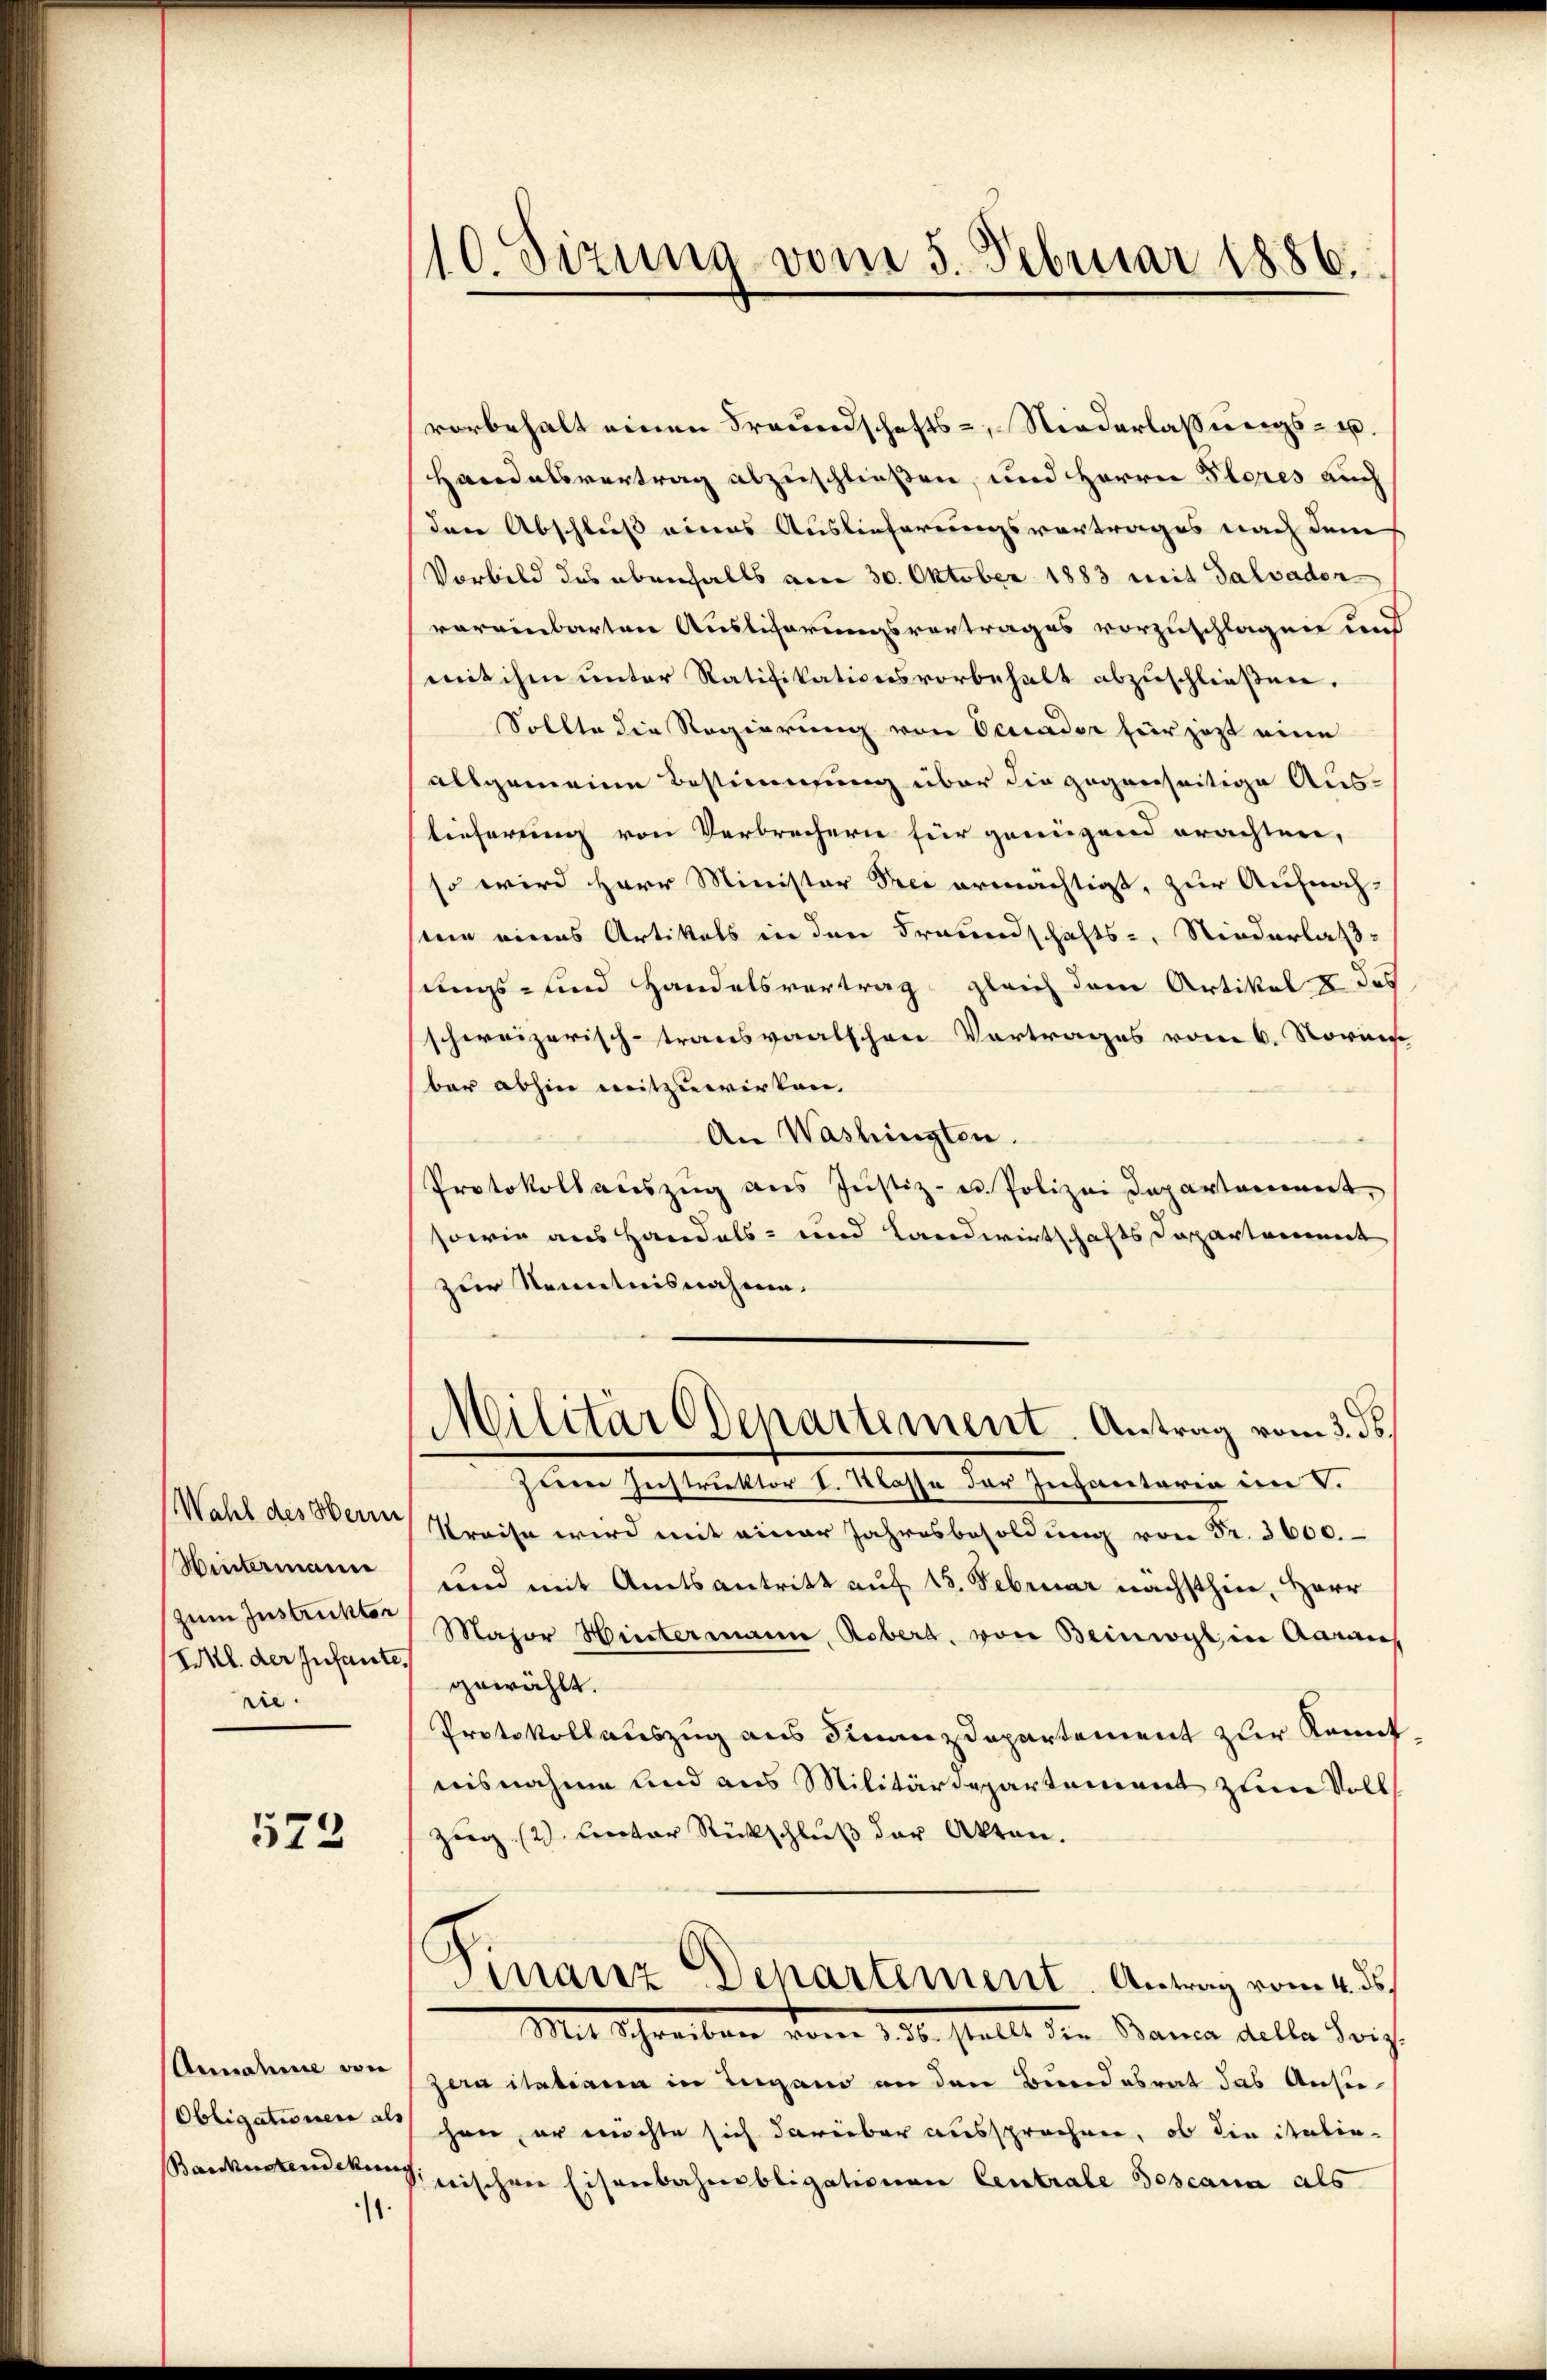
Wahl des Herrn
Wintermann
zum Instruktor
IKl. der Infante.
rie.

573

Annahme von
Obligationen als
Baukostendekung

.

/10. Sizung vom 5. Februar 1886.

vorbehalt einen Freundschafts-, Niederlassungs- u.
Handelsvertrag abzuschließen, und Herrn Flores auch
den Abschluss eines Auslieferungsvortrages nach dem
Vorbild des ebenfalls am 30. Oktober 1883 mit Salvaden
voreinbarten Auslicherungsvortrages vorzuschlagen und
mit ihm unter Ratifikationsvorbehalt abzuschließen.
Sollte die Regierung von Oerader für jezt eine
allgemeine Bestimmung über die gegenseitige Auslieferung von Verbrechern für genügend prächten,
so wird Herr Minister Frei ermächtigt, zur Aufnah-
nie eines Artikels in den Freundschafts-, Niederlaßungs- und Handelsvertrag gleich dem Artikel & das
schweizerisch-transvaalschen Vortrages vom 6. Noriese
ber abhin mitzuwirken.
An Washingten.
Protokollauszug aus Justiz- u. Polizei Departement,
sowie aus Handels- und Landwirtschafts Departement
zur Kenntnisnahme.
Militar Departement. Antrag vom 3. ds.
seine Instruktor I. Klasse der Infantaria im V.
Kreise wird mit einer Jahresbesoldung von Fr. 3600.
und mit Amtsantritt auf 15. Februar nächsthier, Herr
Major Hintermann, Reber, von Beinwyl, in Aaraus
gewählt.
Protokollauszug aus Finanzdepartement zur Kennt
nisnahme und aus Militärdepartement zum Voll
Zug (2. Lector Rückschluß der Akten.
.
manz Departement. Antrag vom 4. ds.
Mit Schreiben vom 16. stellt den Bana delle Fris
zara itatione in Liegend an den Bundesrat das Ansuhan, er möchte sich darüber aussprechen, ob die italie-
nischen Eisenbahnobligationen Centrale Boscana als